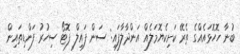
ބުނާ ހޮހޮޅައެއްގެ ތެރޭ ކަށިކެޔޮމަލެއް އަންދާލާފައި: ސަން ފައިލް ފޮޓޯ ސިހުރު ފަންޑިތައިން